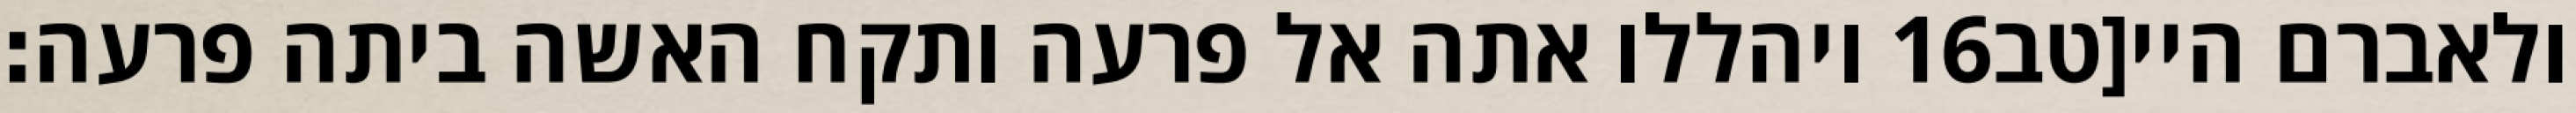
ויהללו אתה אל פרעה ותקח האשה ביתה פרעה׃ ‎16‏ ולאברם היי[טב